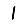
Digit: 1